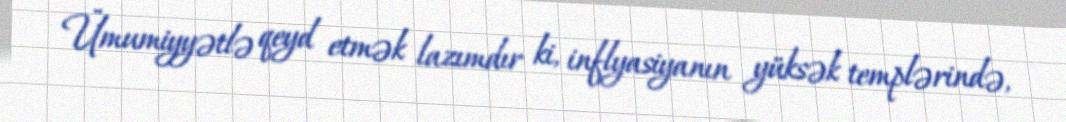
Ümumiyyətlə qeyd etmək lazımdır ki, inflyasiyanın yüksək templərində,